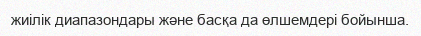
жиілік диапазондары және басқа да өлшемдері бойынша.